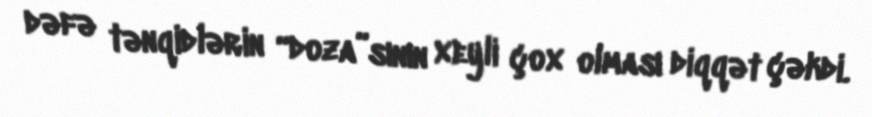
dəfə tənqidlərin “doza”sının xeyli çox olması diqqət çəkdi.